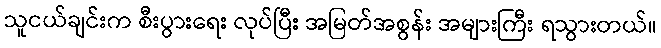
သူငယ်ချင်းက စီးပွားရေး လုပ်ပြီး အမြတ်အစွန်း အများကြီး ရသွားတယ်။